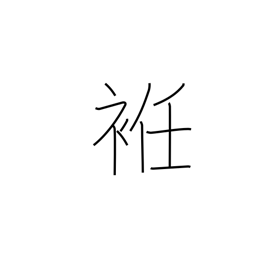
Meaning: gore